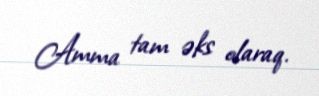
Amma tam əks olaraq.